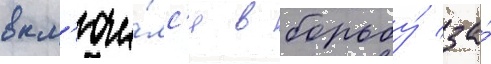
вкл'ючи́лс'я в борьбу́ за́